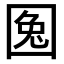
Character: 𡇹